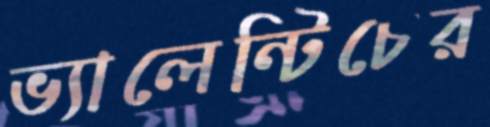
ভ্যালেন্টিচের